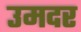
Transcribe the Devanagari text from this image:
उमदर